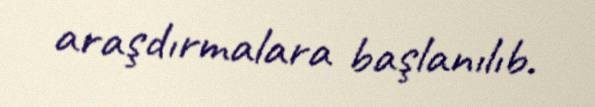
araşdırmalara başlanılıb.